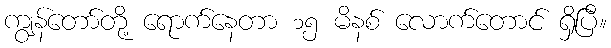
ကျွန်တော်တို့ ရောက်နေတာ ၁၅ မိနစ် လောက်တောင် ရှိပြီ။